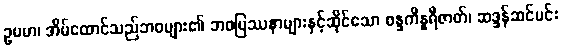
ဥပမာ၊ အိမ်ထောင်သည်ဘဝများ၏ ဘဝပြဿနာများနှင့်ဆိုင်သော စန္ဒကိန္နရီဇာတ်၊ ဆဒ္ဒန်ဆင်မင်း